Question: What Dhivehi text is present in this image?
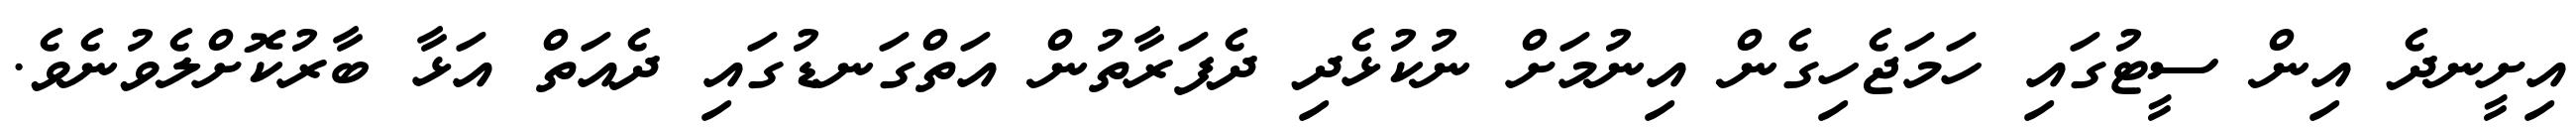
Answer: އިށީނދެ އިން ސީޓުގައި ހަމަޖެހިގެން އިނުމަށް ނުކުޅެދި ދެފަރާތުން އަތްގަނޑުގައި ދެއަތް އަޅާ ބާރުކޮށްލެވުނެވެ.